Insane asylums in Bengal annual reports 1867-1875 - 1867-1875
Year: 1867
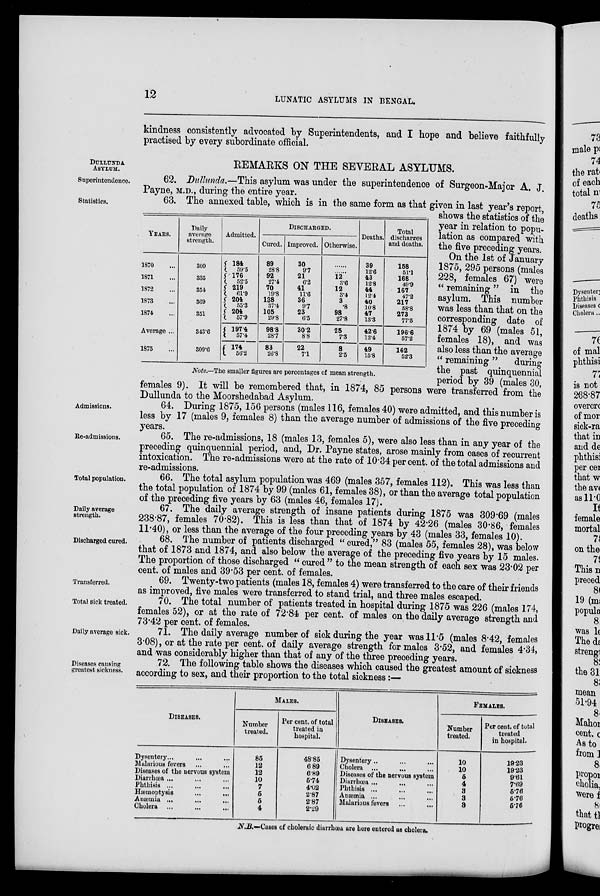
12
LUNATIC ASYLUMS IN BENGAL.
kindness consistently advocated by Superintendents, and I hope and believe faithfully
practised by every subordinate official.
DULLUNDA
ASYLUM.
Superintendence.
REMARKS ON THE SEVERAL ASYLUMS.
62. Dullunda.—This asylum was under the superintendence of Surgeon-Major A. J.
Payne, M.D., during the entire year.
Statistics.
YEARS.
1870 ...
1871
...
1872 ...
1873 ...
1874 ...
Average ...
1875 ...
Daily
average
strength.
309
335
354
369
351
343.6
309.6
Admitted.
184
59.5
176
52.5
219
61.9
204
55.3
204
57.9
197.4
57.4
174
56.2
DISCHARGED.
Cured.
89
28.8
92
27.4
70
19.8
138
37.4
105
29.8
98.8
28.7
83
26.8
Improved.
30
9.7
21
6.2
41
11.6
36
9.7
23
6.5
30.2
8.8
22
7.1
Otherwise.
12
3.6
12
3.4
3
.8
98
27.8
25
7.3
8
2.5
Deaths.
39
12.6
43
12.8
44
12.4
40
10.8
47
13.3
42.6
12.4
49
15.8
Total
discharges
and deaths.
158
51.1
168
49.9
167
47.2
217
58.8
273
77.5
196.6
57.2
162
52.3
Note.—The smaller figures are percentages of mean strength.
63. The annexed table, which is in the same form as that given in last year's report,
shows the statistics of the
year in relation to popu-
lation as compared with
the five preceding years.
On the 1st of January
1875, 295 persons (males
228, females 67) were
" remaining" in the
asylum. This number
was less than that on the
corresponding date of
1874 by 69 (males 51,
females 18), and was
also less than the average
" remaining "
during
the past quinquennial
period by 39 (males 30,
females 9). It will be remembered that, in 1874, 85 persons were transferred from the
Dullunda to the Moorshedabad Asylum.
Admissions.
64. During 1875, 156 persons (males 116, females 40) were admitted, and this number is
less by 17 (males 9, females 8) than the average number of admissions of the five preceding
years.
Re-admissions.
65. The re-admissions, 18 (males 13, females 5), were also less than in any year of the
preceding quinquennial period, and, Dr. Payne states, arose mainly from cases of recurrent
intoxication. The re-admissions were at the rate of 10.34 per cent. of the total admissions and
re-admissions.
Total population.
66. The total asylum population was 469 (males 357, females 112). This was less than
the total population of 1874 by 99 (males 61, females 38), or than the average total population
of the preceding five years by 63 (males 46, females 17).
Daily average
strength.
67. The daily average strength of insane patients during 1875 was 309.69 (males
238.87, females 70.82). This is less than that of 1874 by 42.26 (males 30.86, females
11.40), or less than the average of the four preceding years by 43 (males 33, females 10).
Discharged cured.
68. The number of patients discharged " cured," 83 (males 55, females 28), was below
that of 1873 and 1874, and also below the average of the preceding five years by 15 males.
The proportion of those discharged " cured " to the mean strength of each sex was 23.02 per
cent. of males and 39.53 per cent. of females.
Transferred.
69. Twenty-two patients (males 18, females 4) were transferred to the care of their friends
as improved, five males were transferred to stand trial, and three males escaped.
Total sick treated.
70. The total number of patients treated in hospital during 1875 was 226 (males 174,
females 52), or at the rate of 72.84 per cent. of males on the daily average strength and
73.42 per cent. of females.
Daily average sick.
71. The daily average number of sick during the year was 11.5 (males 8.42, females
3.08), or at the rate per cent. of daily average strength for males 3.52, and females 4.34,
and was considerably higher than that of any of the three preceding years.
Diseases causing
greatest sickness.
72. The following table shows the diseases which caused the greatest amount of sickness
according to sex, and their proportion to the total sickness:—
DISEASES.
Dysentery ... ... ...
Malarious fevers ... ...
Diseases of the nervous system
Diarrhœa ... ... ...
Phthisis ... ... ...
Hæmoptysis ... ...
Anæmia ... ... ...
Cholera
... ... ...
MALES.
Number
treated.
85
12
12
10
7
5
5
4
Per cent. of total
treated in
hospital.
48.85
6 89
6.89
5.74
4.02
2.87
2.87
2.29
DISEASES.
Dysentery .. ... ...
Cholera
... ... ...
Diseases of the nervous system
Diarrhœa ... ... ...
Phthisis ... ... ...
Anæmia ... ... ...
Malarious fevers ... ...
FEMALES.
Number
treated.
10
10
5
4
3
3
3
Per cent. of total
treated
in hospital.
19.23
19.23
9.61
7.69
5.76
5.78
5.76
N.B.—Cases of choleraic diarrhœa are here entered as cholera.